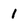
Character: I